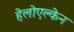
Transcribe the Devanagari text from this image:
हेलोएल्केन